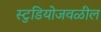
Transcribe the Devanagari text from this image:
स्टुडियोजवळील